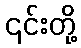
၎င်းတို့